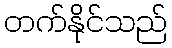
တက်နိုင်သည်